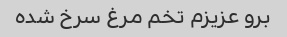
برو عزیزم تخم مرغ سرخ شده